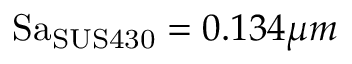
\mathrm { S a } _ { \mathrm { S U S 4 3 0 } } = 0 . 1 3 4 \mu m